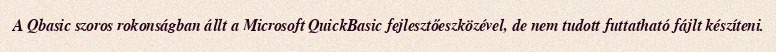
A Qbasic szoros rokonságban állt a Microsoft QuickBasic fejlesztőeszközével, de nem tudott futtatható fájlt készíteni.